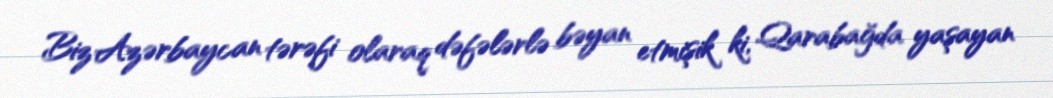
Biz Azərbaycan tərəfi olaraq dəfələrlə bəyan etmişik ki, Qarabağda yaşayan